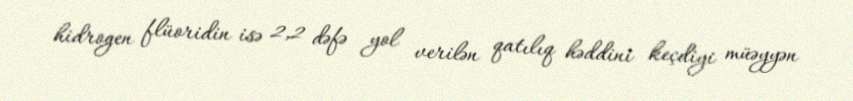
hidrogen flüoridin isə 2,2 dəfə yol verilən qatılıq həddini keçdiyi müəyyən